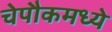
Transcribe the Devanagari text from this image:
चेपौकमध्ये